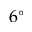
6 ^ { \circ }